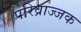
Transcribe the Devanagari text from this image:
परिव्राज्जक